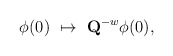
\begin{align*}{{\phi}}(0) \ \mapsto \ {{\bf Q}}^{-w}{{\phi}}(0), \end{align*}